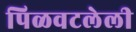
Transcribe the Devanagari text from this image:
पिळवटलेली